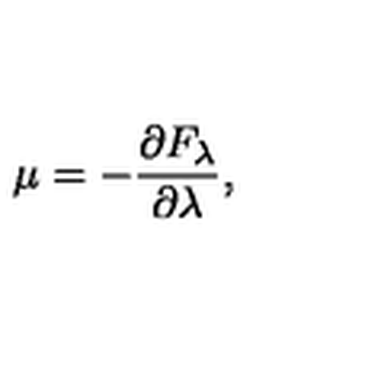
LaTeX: \mu = - \frac { \partial F _ { \lambda } } { \partial \lambda } ,